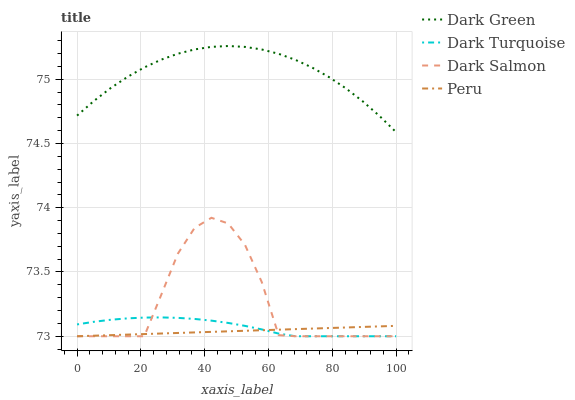
| xaxis_label | Dark Green | Dark Turquoise | Dark Salmon | Peru |
 | --- | --- | --- | --- | --- |
 | 0 | 74.7 | 73.1 | 73 | 73 |
 | 5.26 | 74.8 | 73.1 | 73 | 73 |
 | 10.5 | 74.9 | 73.1 | 73 | 73 |
 | 15.8 | 75 | 73.1 | 73 | 73 |
 | 21.1 | 75.1 | 73.1 | 73 | 73 |
 | 26.3 | 75.2 | 73.1 | 73.3 | 73 |
 | 31.6 | 75.2 | 73.1 | 73.6 | 73 |
 | 36.8 | 75.2 | 73.1 | 73.8 | 73 |
 | 42.1 | 75.3 | 73.1 | 73.9 | 73 |
 | 47.4 | 75.3 | 73.1 | 73.9 | 73 |
 | 52.6 | 75.3 | 73.1 | 73.7 | 73 |
 | 57.9 | 75.2 | 73.1 | 73.4 | 73 |
 | 63.2 | 75.2 | 73 | 73 | 73.1 |
 | 68.4 | 75.2 | 73 | 73 | 73.1 |
 | 73.7 | 75.1 | 73 | 73 | 73.1 |
 | 78.9 | 75 | 73 | 73 | 73.1 |
 | 84.2 | 74.9 | 73 | 73 | 73.1 |
 | 89.5 | 74.8 | 73 | 73 | 73.1 |
 | 94.7 | 74.7 | 73 | 73 | 73.1 |
 | 100 | 74.6 | 73 | 73 | 73.1 |